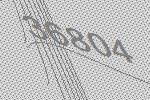
36804